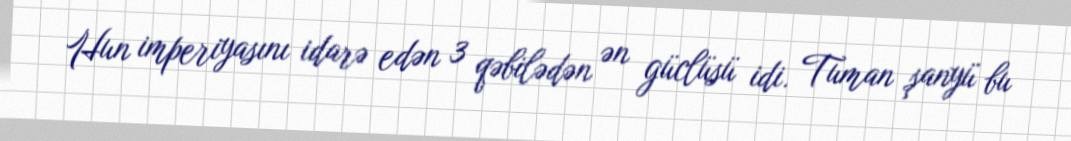
Hun imperiyasını idarə edən 3 qəbilədən ən güclüsü idi. Tuman şanyü bu